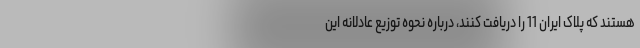
هستند که پلاک ایران 11 را دریافت کنند، درباره نحوه توزیع عادلانه این